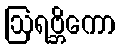
ဩရဗ္ဘိကော